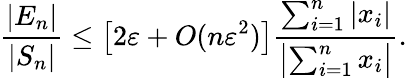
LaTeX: {\frac{|E_{n}|}{|S_{n}|}}\leq{\big[}2\varepsilon+O(n\varepsilon^{2}){\big]}{\frac{\sum_{i=1}^{n}|x_{i}|}{\left|\sum_{i=1}^{n}x_{i}\right|}}.